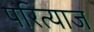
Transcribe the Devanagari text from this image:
परित्याज